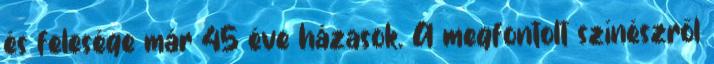
és felesége már 45 éve házasok. A megfontolt színészről